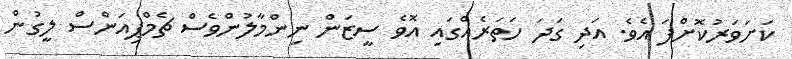
ކަށަވަރުކޮށްފަ އެވެ. އަދި ގަދަ ހަތަރެއްގައި އޮވެ ސީޒަން ނިންމާލުންވެސް ޗެމްޕިއަންސް ލީގުން